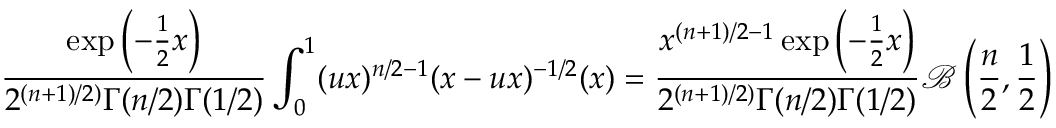
\frac { \exp \left( - \frac { 1 } { 2 } x \right) } { 2 ^ { ( n + 1 ) / 2 ) } \Gamma ( n / 2 ) \Gamma ( 1 / 2 ) } \int _ { 0 } ^ { 1 } ( u x ) ^ { n / 2 - 1 } ( x - u x ) ^ { - 1 / 2 } ( x \d u ) = \frac { x ^ { ( n + 1 ) / 2 - 1 } \exp \left( - \frac { 1 } { 2 } x \right) } { 2 ^ { ( n + 1 ) / 2 ) } \Gamma ( n / 2 ) \Gamma ( 1 / 2 ) } \mathcal { B } \left( \frac { n } { 2 } , \frac { 1 } { 2 } \right)